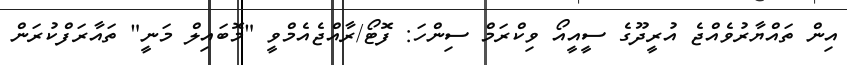
އިން ތައްޔާރުވެއްޖެ އުރީދޫގެ ސީއީއޯ ވިކްރަމް ސިންހަ: ފޮޓޯ/ރާއްޖެއެމްވީ "މޮބައިލް މަނީ" ތައާރަފްކުރަން